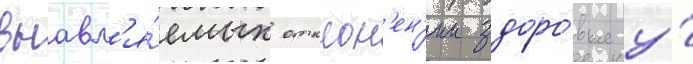
выавл'я́емых отклон'ен'ии здоро́вья у́